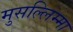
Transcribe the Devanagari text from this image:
मुसल्लिम्मा